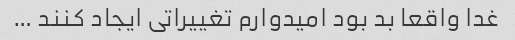
غدا واقعا بد بود امیدوارم تغییراتی ایجاد کنند …